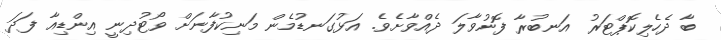
ބާ ދެހެލިކޮޕްޓަރު އަނބުރާ ފޮނުވާލަ ދެއްވާށެވެ. އަޅުގަނޑުމެން މަނިކުފާނަށް ވޯޓުދިނީ އިންޑިއާ ފަދަ